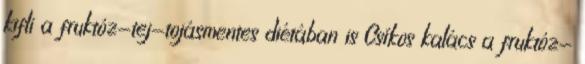
kifli a fruktóz-tej-tojásmentes diétában is Csíkos kalács a fruktóz-